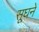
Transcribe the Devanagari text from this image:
सूघने